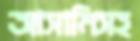
আসামিসহ